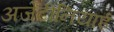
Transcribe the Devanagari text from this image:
अर्जेंटीनियाई